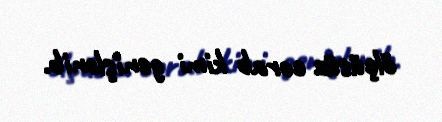
ölçüsüz corab kimi genişlənib.